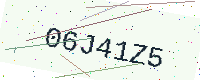
Text: 06J41Z5